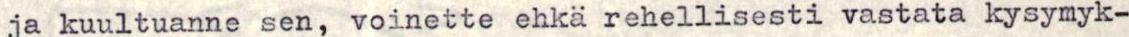
ja kuultuanne sen, voinette ehkä rehellisesti vastata kysymyk-